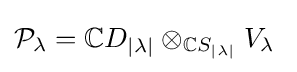
{\mathcal {P}}_{\lambda }=\mathbb {C} D_{|\lambda |}\otimes _{\mathbb {C} S_{|\lambda |}}V_{\lambda }\